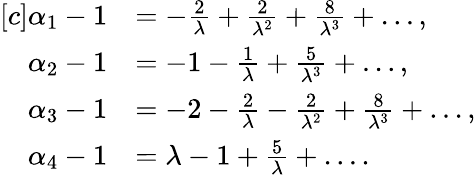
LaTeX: \begin{array}{rl}{[c]\alpha_{1}-1}&{=-\frac{2}{\lambda}+\frac{2}{\lambda^{2}}+\frac{8}{\lambda^{3}}+\dots,}\\ {\alpha_{2}-1}&{=-1-\frac{1}{\lambda}+\frac{5}{\lambda^{3}}+\dots,}\\ {\alpha_{3}-1}&{=-2-\frac{2}{\lambda}-\frac{2}{\lambda^{2}}+\frac{8}{\lambda^{3}}+\dots,}\\ {\alpha_{4}-1}&{=\lambda-1+\frac{5}{\lambda}+\dots.}\end{array}